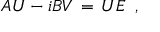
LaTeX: A U - i B V \, = \, U E \; \; ,